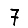
Digit: 7